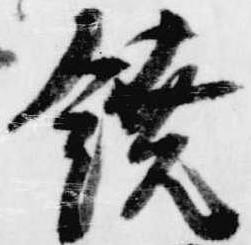
鐃